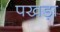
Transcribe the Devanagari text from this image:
पखड़ा